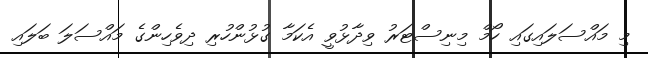
މި މައްސަލައިގައި ހޯމް މިނިސްޓަރު ވިދާޅުވީ އެކަމާ ގުޅުންހުރި ދިވެހިންގެ މައްސަލަ ބަލައި